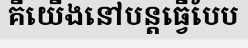
គឺយើងនៅបន្តធ្វើបែប